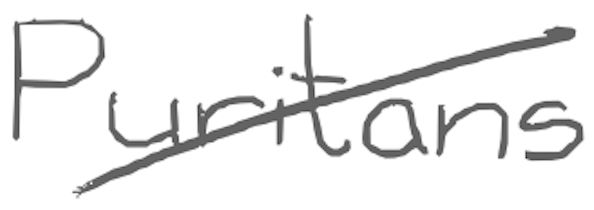
Text: Puritans
Cross-out: diagonal
Writing tool: digital_gray